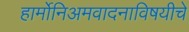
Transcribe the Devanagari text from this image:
हार्मोनिअमवादनाविषयीचे